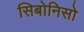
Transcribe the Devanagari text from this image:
सिबोनिसो